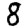
Digit: 8